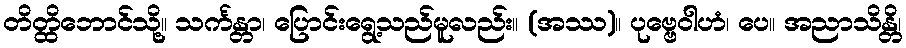
တိတ္ထိဘောင်သို့။ သင်္ကန္တာ၊ ပြောင်းရွေ့သည်မူလည်း။ (အဿ)။ ပုဗ္ဗေဝါဟံ၊ ပေ။ အညာသိန္တိ၊